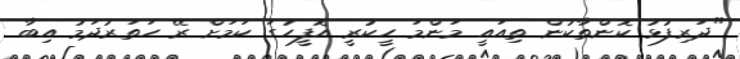
"ދަރިފުޅު ކޮންތާކުން ތިއައީ މަންމަ ހީކުރީ އޮފީހުގަ ކަމަށް ރޭ ހަތަރުދަމު އިބާ